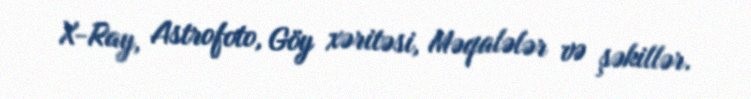
X-Ray, Astrofoto, Göy xəritəsi, Məqalələr və şəkillər.